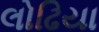
લોઢિયા